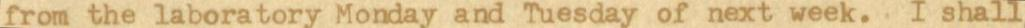
from the laboratory Monday and Tuesday of next week. I shall